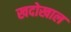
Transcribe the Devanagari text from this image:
खदोखाल